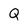
Character: Q